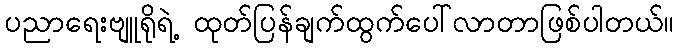
ပညာရေးဗျူရိုရဲ့ ထုတ်ပြန်ချက်ထွက်ပေါ်လာတာဖြစ်ပါတယ်။